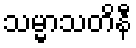
သမ္မာသတိနီ